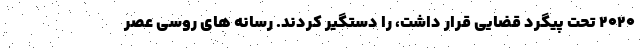
۲۰۲۰ تحت پیگرد قضایی قرار داشت، را دستگیر کردند. رسانه های روسی عصر